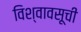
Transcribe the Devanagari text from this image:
विश्वावसूची